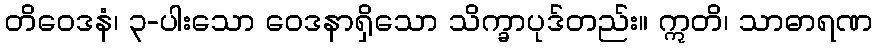
တိဝေဒနံ၊ ၃-ပါးသော ဝေဒနာရှိသော သိက္ခာပုဒ်တည်း။ ဣတိ၊ သာဓာရဏ